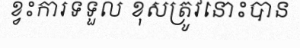
ខ្វះការទទួល ខុសត្រូវនោះបាន